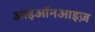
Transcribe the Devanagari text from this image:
आइऑनआइज़